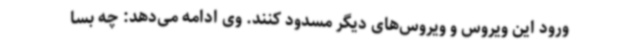
ورود این ویروس و ویروس‌های دیگر مسدود کنند. وی ادامه می‌دهد: چه بسا